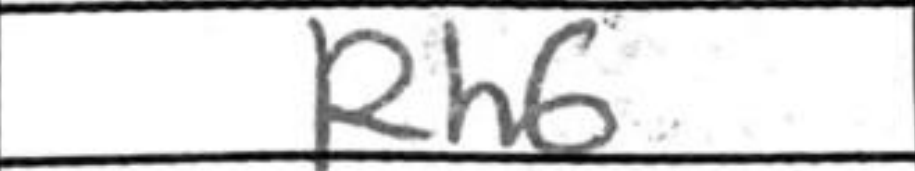
Transcription: Rh6